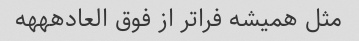
مثل همیشه فراتر از فوق العادهههه